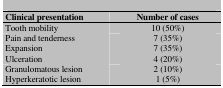
<table><thead><tr><td><b>Clinical presentation</b></td><td><b>Number of cases</b></td></tr></thead><tbody><tr><td> Tooth mobility </td><td> 10 (50%) </td></tr><tr><td> Pain and tenderness </td><td> 7 (35%) </td></tr><tr><td> Expansion </td><td> 7 (35%) </td></tr><tr><td> Ulceration </td><td> 4 (20%) </td></tr><tr><td> Granulomatous lesion </td><td> 2 (10%) </td></tr><tr><td> Hyperkeratotic lesion </td><td> 1 (5%) </td></tr></tbody></table>